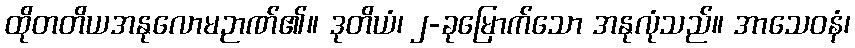
ထိုတတိယအနုလောမဉာဏ်၏။ ဒုတိယံ၊ ၂-ခုမြောက်သော အနုလုံသည်။ အာသေဝနံ၊